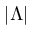
| \Lambda |